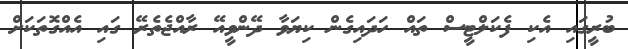
ބުރީގައި އެކި ފެކަލްޓީސް ތައް ހަދައިގެން ކިޔަވާ ދޭންވީއޭ ރާއްޖެތެރޭ ގައި އެއްގޮތަކަށް